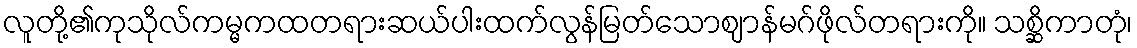
လူတို့၏ကုသိုလ်ကမ္မကထတရားဆယ်ပါးထက်လွန်မြတ်သောဈာန်မဂ်ဖိုလ်တရားကို။ သစ္ဆိကာတုံ၊